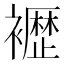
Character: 𫌕